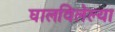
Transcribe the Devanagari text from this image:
घालविलेल्या